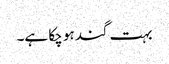
بہت گند ہو چکا ہے۔